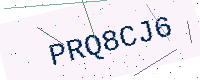
Text: PRQ8CJ6